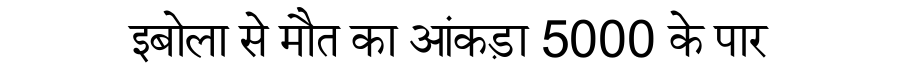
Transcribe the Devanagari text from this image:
इबोला से मौत का आंकड़ा 5000 के पार